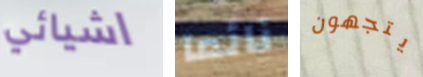
اشيائي نائما يتجهون